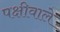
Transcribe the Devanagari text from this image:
पक्षीवाले